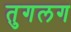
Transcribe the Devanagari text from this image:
तुगलग